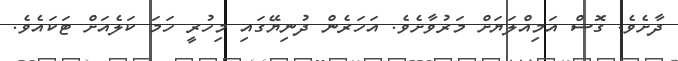
ދާށެވެ. ގޮސް އަމިއްލަޔަށް މަރުވާށެވެ. އަހަރެން ދުނިޔޭގައި މިހުރީ ހަމަ ކަލެއަށް ޓަކައެވެ.